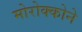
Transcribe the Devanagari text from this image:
मोरोक्कोने